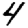
Digit: 4